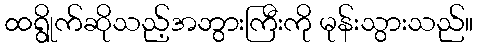
ထရွိုက်ဆိုသည့်အဘွားကြီးကို မုန်းသွားသည်။